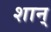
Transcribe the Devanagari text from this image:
शान्